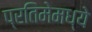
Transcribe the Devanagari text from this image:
प्रतिमेमध्ये